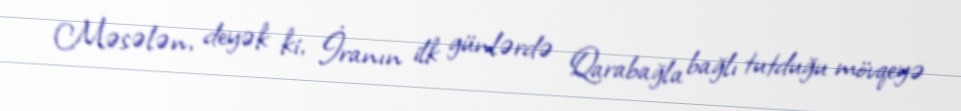
Məsələn, deyək ki, İranın ilk günlərdə Qarabağla bağlı tutduğu mövqeyə